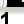
Digit: 1